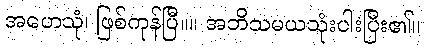
အဟေသုံ၊ ဖြစ်ကုန်ပြီ။။ အဘိသမယသုံးပါးပြီး၏။